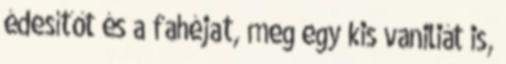
édesítőt és a fahéjat, meg egy kis vaniliát is,